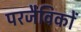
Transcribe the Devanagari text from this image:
परजैविकों